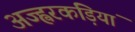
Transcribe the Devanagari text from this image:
अज्ह्वरकड़ियां